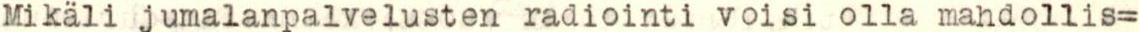
Mikalijumalanpalvelusten radiointi voisi olla mahdollis-